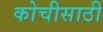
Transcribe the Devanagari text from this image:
कोचीसाठी